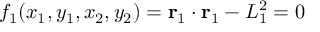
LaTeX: f _ { 1 } ( x _ { 1 } , y _ { 1 } , x _ { 2 } , y _ { 2 } ) = \mathbf { r } _ { 1 } \cdot \mathbf { r } _ { 1 } - L _ { 1 } ^ { 2 } = 0